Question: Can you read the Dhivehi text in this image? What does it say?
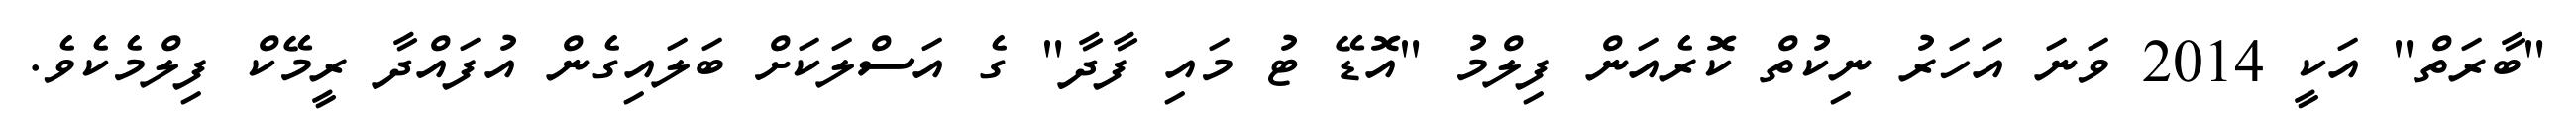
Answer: "ބާރަތް" އަކީ 2014 ވަނަ އަހަރު ނިކުތް ކޮރެއަން ފިލްމު "އޮޑޭ ޓު މައި ފާދާ" ގެ އަސްލަކަށް ބަލައިގެން އުފައްދާ ރީމޭކް ފިލްމެކެވެ.